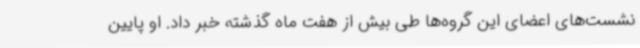
نشست‌های اعضای این گروه‌ها طی بیش از هفت ماه گذشته خبر داد. او پایین